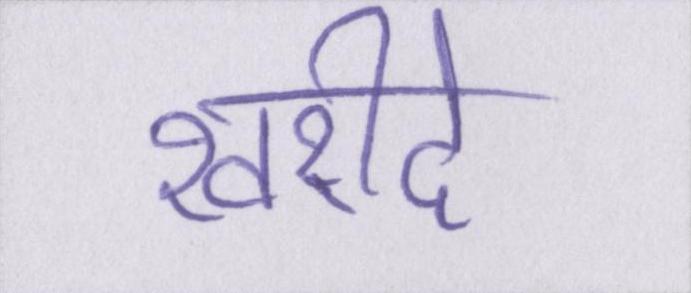
खरीदे